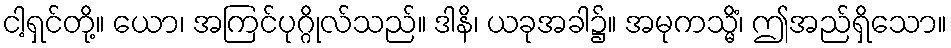
ငါ့ရှင်တို့။ ယော၊ အကြင်ပုဂ္ဂိုလ်သည်။ ဒါနိ၊ ယခုအခါ၌။ အမုကသ္မိံ၊ ဤအည်ရှိသော။